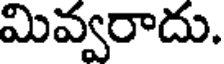
మివ్వరాదు.